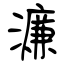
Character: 濂